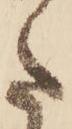
た